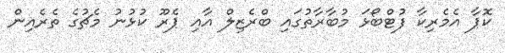
ކޮޕާ އެމެރިކާ ފުޓްބޯޅަ މުބާރާތުގައި ބްރެޒިލް އާއި ޕެރޫ ކުޅުނު މެޗުގެ ތެރެއިން